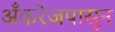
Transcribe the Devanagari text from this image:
अँकरेजपासून